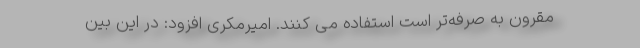
مقرون به صرفه‌تر است استفاده می کنند. امیرمکری افزود: در این بین